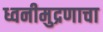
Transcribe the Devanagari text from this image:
ध्वनीमुद्रणाचा